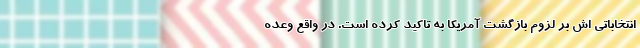
انتخاباتی اش بر لزوم بازگشت آمریکا به تاکید کرده است. در واقع وعده